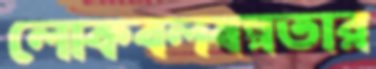
লোকবলস্বল্পতার